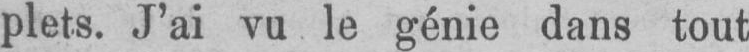
plets. J’ai vu le génie dans tout